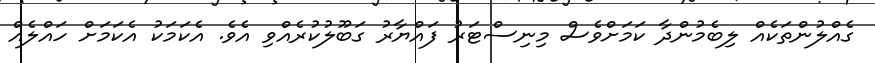
ގެއްލުންތަކެއް ލިބެމުންދާ ކަމަށްވެސް މިނިސްޓަރު ފައްޔާރު ގަބޫލުކުރެއްވި އެވެ. އެކަމަކު އެކަމަށް ހައްލެއް